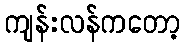
ကျန်းလန်ကတော့